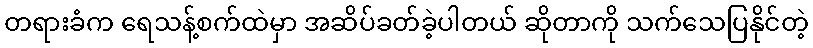
တရားခံက ရေသန့်စက်ထဲမှာ အဆိပ်ခတ်ခဲ့ပါတယ် ဆိုတာကို သက်သေပြနိုင်တဲ့